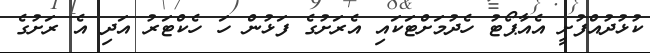
ކުޅުދުއްފުށީ އެއާޕޯޓު ހެދުމަށްޓަކައި އެރަށުގެ ފަޅުން ހަ ހެކްޓަރު އަދި އެ ރަށުގެ